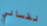
نفساني